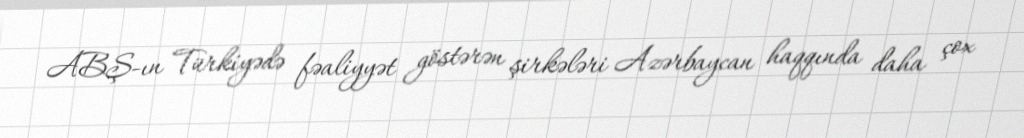
ABŞ-ın Türkiyədə fəaliyyət göstərən şirkələri Azərbaycan haqqında daha çox